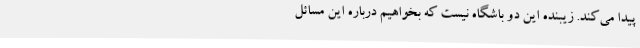
پیدا می‌کند. زیبنده این دو باشگاه نیست که بخواهیم درباره این مسائل